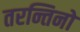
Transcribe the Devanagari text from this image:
तरन्तिनो